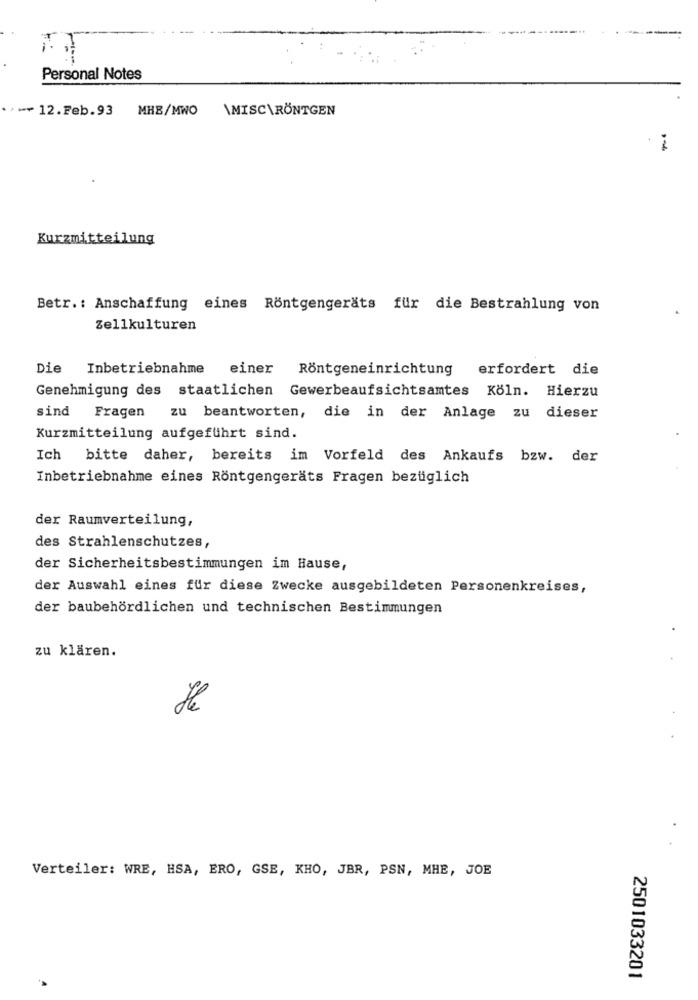
Personal Notes
**- +12.Feb.93 MHB/MWO
\MISC\RÖNTGEN
i
Kurzmitteilung
Betr .: Anschaffung eines Röntgengeräts für die Bestrahlung von
Zellkulturen
Die Inbetriebnahme
einer Röntgeneinrichtung erfordert die
Genehmigung des staatlichen Gewerbeaufsichtsamtes Köln. Hierzu
sind Fragen zu beantworten, die in der Anlage zu dieser
Kurzmitteilung aufgeführt sind.
Ich bitte daher, bereits im Vorfeld des Ankaufs bzw. der
Inbetriebnahme eines Röntgengeräts Fragen bezüglich
der Raumverteilung,
des Strahlenschutzes,
der Sicherheitsbestimmungen im Hause,
der Auswahl eines für diese Zwecke ausgebildeten Personenkreises,
der baubehördlichen und technischen Bestimmungen
zu klären.
Verteiler: WRE, HSA, ERO, GSE, KHO, JBR, PSN, MHE, JOE
2501033201